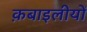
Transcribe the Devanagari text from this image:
क़बाइलीयों